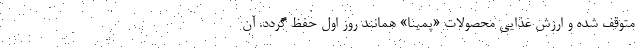
متوقف شده و ارزش غذایی محصولات «پمینا» همانند روز اول حفظ گردد. آن